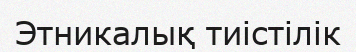
Этникалық тиістілік